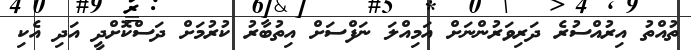
ތުއްތު އިރުއްސުރެ ދަރިވަރުންނަށް އަމިއްލަ ނަފްސަށް އިތުބާރު ކުރުމަށް ދަސްކޮށްދީ އަދި އެކި